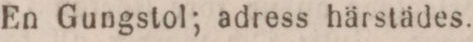
En Gungstol; adress härstädes.